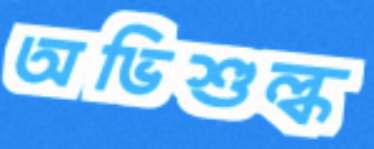
অভিশুল্ক